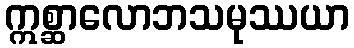
ဣစ္ဆာလောဘသမုဿယာ